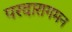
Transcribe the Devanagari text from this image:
परदारागमन